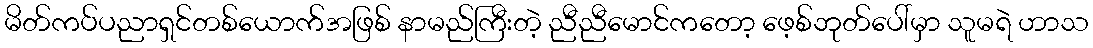
မိတ်ကပ်ပညာရှင်တစ်ယောက်အဖြစ် နာမည်ကြီးတဲ့ ညီညီမောင်ကတော့ ဖေ့စ်ဘုတ်ပေါ်မှာ သူမရဲ ဟာသ